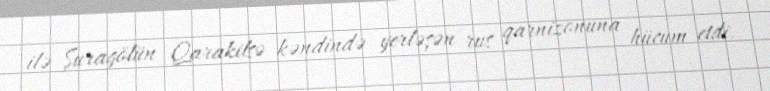
ilə Şuragölün Qarakilsə kəndində yerləşən rus qarnizonuna hücum etdi.